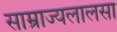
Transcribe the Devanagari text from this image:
साम्राज्यलालसा